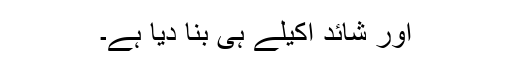
اور شائد اکیلے ہی بنا دیا ہے۔